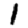
Digit: 1